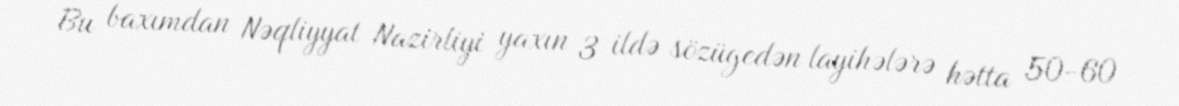
Bu baxımdan Nəqliyyat Nazirliyi yaxın 3 ildə sözügedən layihələrə hətta 50-60